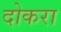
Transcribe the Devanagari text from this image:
दोकरा